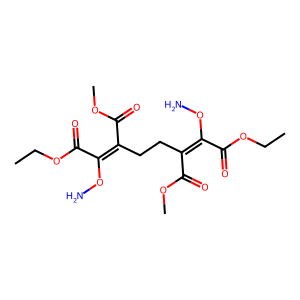
SMILES: CCOC(=O)C(ON)=C(CCC(C(=O)OC)=C(ON)C(=O)OCC)C(=O)OC
Inhibits HIV replication: Yes